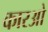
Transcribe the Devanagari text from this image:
कारओ